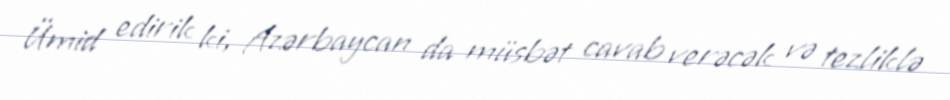
Ümid edirik ki, Azərbaycan da müsbət cavab verəcək və tezliklə